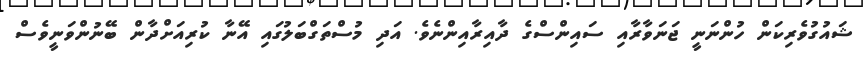
ޝައުގުވެރިކަން ހުންނަނީ ޖަނަވާރާއި ސައިންސްގެ ދާއިރާއިންނެވެ. އަދި މުސްތަގްބަލުގައި އޭނާ ކުރިއަށްދާން ބޭނުންވަނީވެސް